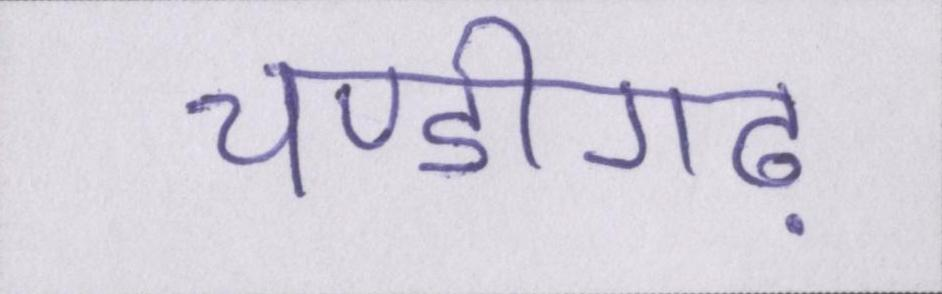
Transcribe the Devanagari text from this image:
चण्डीगढ़